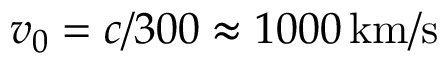
v _ { 0 } = c / 3 0 0 \approx 1 0 0 0 \, { \mathrm { k m / s } }